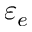
\varepsilon _ { e }